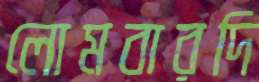
লোমবারদি